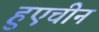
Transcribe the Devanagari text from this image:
हुएचीन